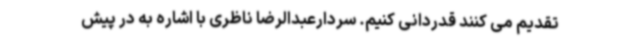
تقدیم می کنند قدردانی کنیم. سردارعبدالرضا ناظری با اشاره به در پیش